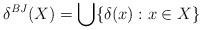
LaTeX: \begin{align*} \delta^{\mathit{BJ}}(X) = \bigcup \{\delta(x) : x\in X\}\end{align*}